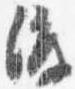
渡